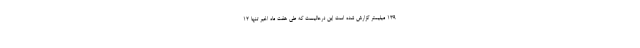
۱۳۹ میلیمتر گزارش شده است این درحالیست که طی هفت ماه اخیر تنها ۱۲